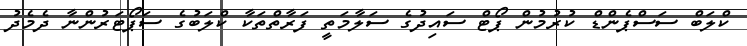
ކްލަބް ސަސްޕެންޑް ކުރުމުން ޕޯޓް ސައިދުގެ ސަލާމަތީ ފަރާތްތަކާ ކްލަބުގެ ސަޕޯޓަރުންނާ ދެމެދު